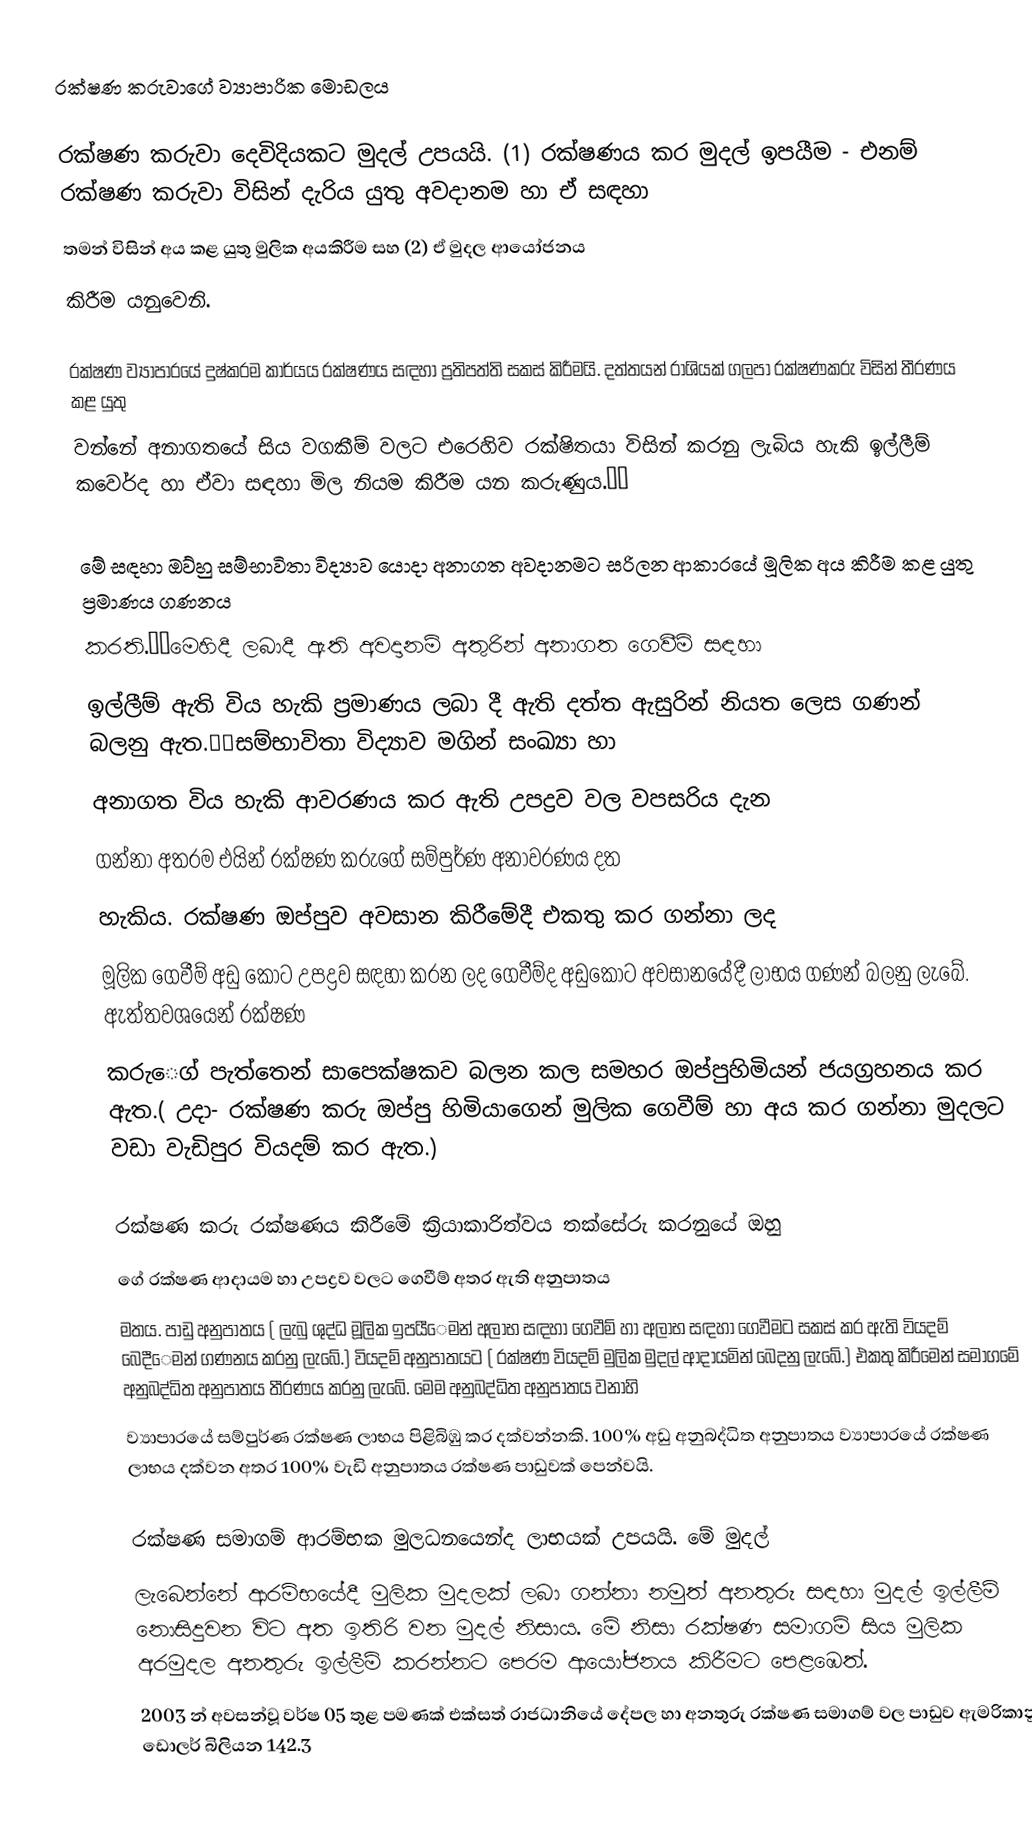
රක්ෂණ  කරුවාගේ  ව්‍ය‍ාපාරික  මොඩලය

රක්ෂණ  කරුවා  දෙවිදියකට  මුදල් උපයයි.  (1)  රක්ෂණය  කර  මුදල්  ඉපයීම - එනම්  රක්ෂණ  කරුවා  විසින්  දැරිය යුතු  අවදානම  හා  ඒ  සඳහා
තමන්  විසින්  අය  කළ යුතු  මුලික  අයකිරීම  සහ (2)  ඒ  මුදල  ආයෝජනය
කිරීම  යනුවෙනි.

රක්ෂණ  ව්‍යාපාරයේ  දුෂ්කරම  කාර්යය  රක්ෂණය  සඳහා  ප්‍රතිපත්ති  සකස් කිරීමයි.  දත්තයන්  රාශියක්  ගලපා  රක්ෂණකරු  විසින්  තීරණය  කළ  යුතු
වන්නේ  අනාගතයේ    සිය  වගකීම්  වලට  එරෙහිව  රක්ෂිතයා  විසින්  කරනු  ලැබිය  හැකි  ඉල්ලීම්  කව‍ෙර්ද  හා  ඒව‍ා  සඳහා  මිල  නියම  කිරීම යන  කරුණුය.

මේ  සඳහා  ඔව්හු  සම්භාවිතා  විද්‍ය‍ාව  යොදා  අනාගත  අවදානමට   සරිලන  ආකාරයේ  මූලික  අය  කිරීම  කළ යුතු  ප්‍රමාණය  ගණනය
කරති.මෙහිදී  ලබාදී  ඇති   අවදානම්  අතුරින්  අනාගත  ගෙවීම් සඳහා
ඉල්ලීම්   ඇති විය  හැකි  ප්‍රමාණය  ලබා  දී  ඇති  දත්ත  ඇසුරින්  නියත  ලෙස  ගණන්   බලනු  ඇත.සම්භාවිතා  විද්‍යාව  මගින්  සංඛ්‍යා  හා
අනාගත  විය  හැකි  ආවරණය  කර   ඇති  උපද්‍රව වල   වපසරිය  දැන
ගන්නා  අතරම  එයින්  රක්ෂණ  කරුගේ  සම්පුර්ණ  අනාවරණය   දත
හැකිය.  රක්ෂණ  ඔප්පුව  අවසාන  කිරීමේදී  එකතු  කර  ගන්නා  ලද
මූලික  ගෙවීම්  අඩු  කොට   උපද්‍රව  සඳහා  කරන  ලද  ගෙවීම්ද  අඩුකොට  අවසානයේදී  ලාභය  ගණන්  බලනු  ලැබේ.  ඇත්තවශයෙන්   රක්ෂණ
කරු‍ෙග්  පැත්තෙන්  සාපෙක්ෂකව  බලන  කල  සමහර   ඔප්පුහිමියන්  ජයග්‍රහනය  කර  ඇත.(  උදා-  රක්ෂණ  කරු  ඔප්පු  හිමියාගෙන් මුලික  ගෙවීම්  හා   අය  කර  ගන්නා  මුදලට  වඩා  වැඩිපුර   වියදම්  කර  ඇත.)

රක්ෂණ කරු රක්ෂණය  කිරීමේ ක්‍රියාකාරිත්වය  තක්සේරු  කරනුයේ ඔහු
ගේ  රක්ෂණ  ආදායම  හා  උපද්‍රව  වලට  ගෙවීම්  අතර  ඇති  අනුපාතය
මතය.  පාඩු  අනුපාතය ( ලැබු  ශුද්ධ  මූලික  ‍ඉපයී‍ෙමන්  අලාභ ස‍ඳහා ගෙවීම් හා  අලාභ සඳහා  ගෙවීමට  සකස්  කර  ඇති  වියදම්  බෙදී‍ෙමන්  ගණනය කරනු  ලැබේ.)  වියදම්  අනුපාතයට ( රක්ෂණ  වියදම්  මුලික  මුදල්  ආදායමින් බෙදනු  ලැබේ.)   එකතු  කිරීමෙන්  සමාගමේ  අනුබද්ධිත  අනුපාතය  තීරණය  කරනු  ලැබේ.   මෙම   අනුබද්ධිත  අනුපාතය  වනාහි
ව්‍යාපාරයේ  සම්පුර්ණ  රක්ෂණ  ලාභය  පිළිබිඹු   කර  දක්වන්නකි.  100%  අඩු  අනුබද්ධිත  අනුපාතය  ව්‍යාපාරයේ  රක්ෂණ  ලාභය  දක්වන  අතර  100%  වැඩි  අනුප‍ාතය  රක්ෂණ  පාඩුවක්   පෙන්වයි.

රක්ෂණ  සමාගම්  ආරම්භක  මුලධනයෙන්ද ලාභයක්  උපයයි.  මේ  මුදල්
ලැබෙන්නේ  ආරම්භයේදී  මුලික  ‍මුදලක් ලබා  ගන්නා  නමුත් අනතුරු සඳහා  මුදල්  ඉල්ලීම්  නොසිදුවන  වි‍ට   අත  ඉතිරි  වන  මුදල්  නිසාය.  මේ  නිසා  රක්ෂණ  සමාගම්  සිය  මුලික  අරමුදල  අනතුරු  ඉල්ලීම්  කරන්නට  පෙරම  ආයෝජනය  කිරී‍මට  පෙළඹෙත්.
2003  න්  අවසන්වූ   වර්ෂ  05  තුළ  පමණක්  එක්සත්  රාජධානියේ   දේපල  හා  අනතුරු  රක්ෂණ  සමාගම්  වල  පාඩුව  ඇමරිකානු  ඩොලර්  බිලියන 142.3